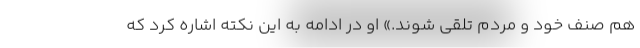
هم صنف خود و مردم تلقی شوند.» او در ادامه به این نکته اشاره کرد که